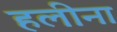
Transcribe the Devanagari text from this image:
हलीना